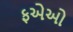
ફએઓ